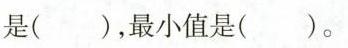
是( )，最小值是( )。